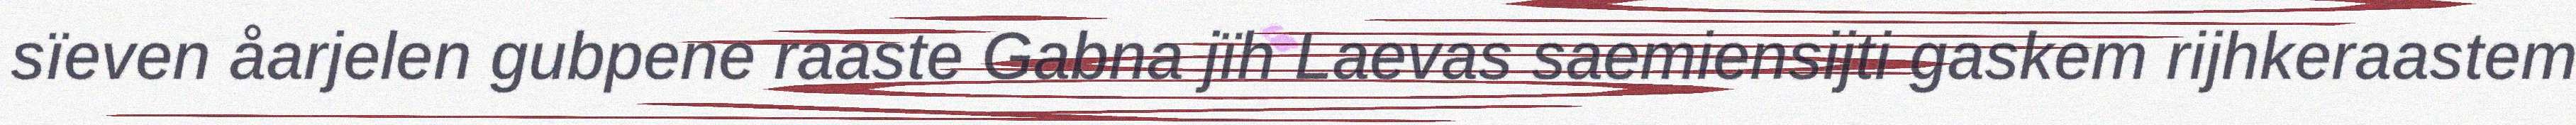
sïeven åarjelen gubpene raaste Gabna jïh Laevas saemiensijti gaskem rijhkeraastem